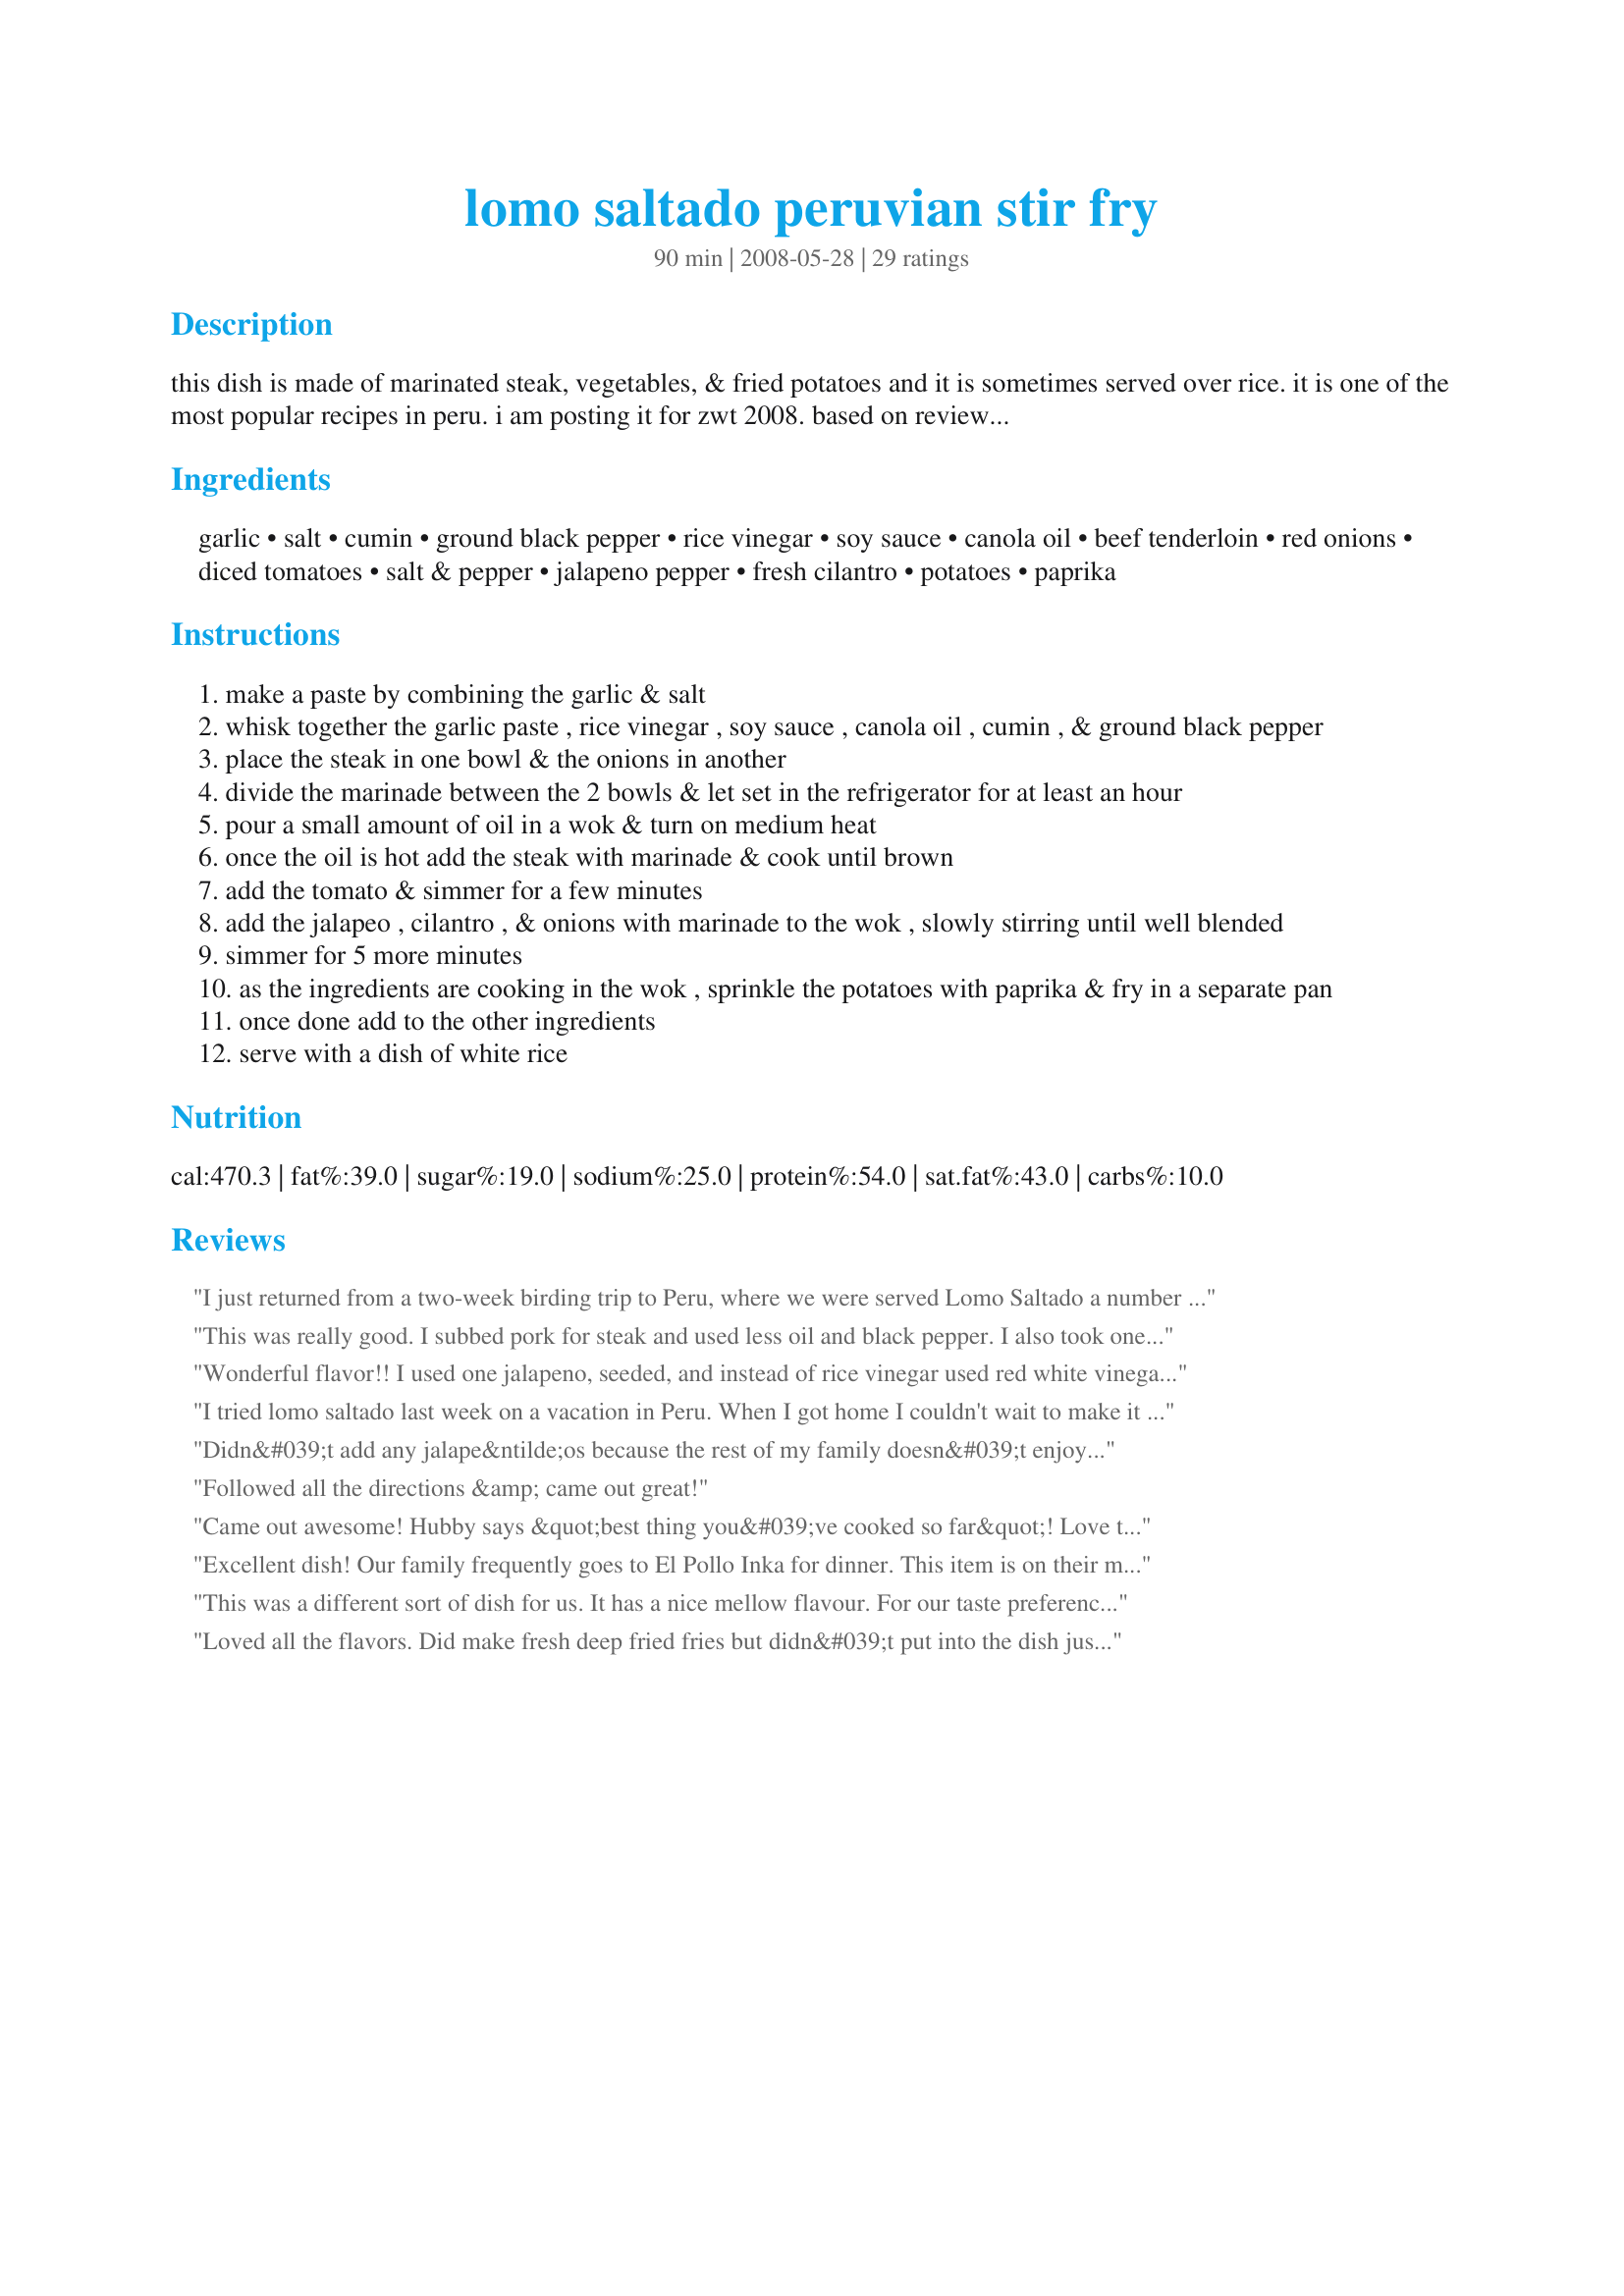
lomo saltado peruvian stir fry
Preparation time: 90 minutes

this dish is made of marinated steak, vegetables, & fried potatoes and it is sometimes served over rice. it is one of the most popular recipes in peru. i am posting it for zwt 2008. based on reviews i have cut back on the amount of meat & jalapenos. thanks for the great feedback...

Ingredients:
garlic, salt, cumin, ground black pepper, rice vinegar, soy sauce, canola oil, beef tenderloin, red onions, diced tomatoes, salt & pepper, jalapeno pepper, fresh cilantro, potatoes, paprika

Steps:
make a paste by combining the garlic & salt
whisk together the garlic paste , rice vinegar , soy sauce , canola oil , cumin , & ground black pepper
place the steak in one bowl & the onions in another
divide the marinade between the 2 bowls & let set in the refrigerator for at least an hour
pour a small amount of oil in a wok & turn on medium heat
once the oil is hot add the steak with marinade & cook until brown
add the tomato & simmer for a few minutes
add the jalapeo , cilantro , & onions with marinade to the wok , slowly stirring until well blended
simmer for 5 more minutes
as the ingredients are cooking in the wok , sprinkle the potatoes with paprika & fry in a separate pan
once done add to the other ingredients
serve with a dish of white rice

Reviews:
I just returned from a two-week birding trip to Peru, where we were served Lomo Saltado a number of times--once it was even prepared on a portable grill by the side of the road when we were too far from a restaurant for lunch! I'm intrigued by the Peruvians' incorporation of Chinese techniques and ingredients in their cooking--seems like a strange combo, but the results are delicious, even though I never got used to having several starches in one meal. The first time we had Lomo Saltado, I thought french fries from someone else's meal had accidentally fallen into my dinner! When I prepared this recipe, I changed it up a little. I used an elk tenderloin from my freezer instead of beef; Hungarian yellow peppers as a sub for Peruvian aji amarillo peppers or jalapenos; I seared the meat first in my wok, removed it, then did the peppers and onion mixture, then added the tomatoes, and finally returned the meat just to reheat it. The elk was so fine, I definitely did not want to overcook it. I served the Lomo Saltado over brown rice and just omitted the potato in order to avoid excess starch. The results were fantastic--even tastier than the versions I had in Peru, because those seemed a little less garlicky. Great recipe! Too bad I have so many vegetarian friends I can't fix this for!
This was really good. I subbed pork for steak and used less oil and black pepper. I also took one reviewer's advice and used smoked paprika. I think I should have cooked the onions first, since the meat was overcooked by the time the onions were done. Portions are huge!
Wonderful flavor!! I used one jalapeno, seeded, and instead of rice vinegar used red white vinegar (all I had). We decided that there was enough starch from the potato, so we didn't bother putting it over rice. I'm sure that would be tasty, though. :) Thanks for sharing a great recipe!
I tried lomo saltado last week on a vacation in Peru. When I got home I couldn't wait to make it for myself. This recipe is excellent and tastes just like the stuff I had in Lima. The only change I made was adding a red pepper cut in strips. I also skipped the french fries to make it healtier, but in Peru they always come with this dish.
Didn&#039;t add any jalape&ntilde;os because the rest of my family doesn&#039;t enjoy spice, however this recipe came out great! One thing I would change is the amount of coriander I used it was a bit over what was stated in the recipe I think and sort of overpowered the other flavours a bit but still tasted great! Just don&#039;t add too much corriander!
Followed all the directions &amp; came out great!
Came out awesome! Hubby says &quot;best thing you&#039;ve cooked so far&quot;! Love to hear and makes me want to up my cooking game. This recipe was really easy to follow. Only suggestion is to let meat marinate longer than an hour to get all those great flavors.
Excellent dish! Our family frequently goes to El Pollo Inka for dinner. This item is on their menu. My husband and son really enjoyed this. I made enough for six people. Between the three of us, I only got to have one helping because the other two scarfed most of it down. I served this with Aquadito as a starter. Thanks so much for sharing Nasseh.
This was a different sort of dish for us. It has a nice mellow flavour. For our taste preferences, I think next time I'll leave out the potatoes completely and add a smokey paprika to the marinade. Add some veggies like asparagus & cauliflower for colour and crispness and serve over rice. Would also double the jalapeno and add some cayenne as we like a bit more heat. Made for ZWT4
Loved all the flavors. Did make fresh deep fried fries but didn&#039;t put into the dish just served on the side and used some of the sauce..
My son says "more jalapeÃ±os" but overall this was a 5 star dish for us. I followed the ingredients exactly, using fresh cilantro. My boys gave this 5 stars and want me to make it again. Made for ZWT4.
This spicy, meaty dish is pretty good. We really liked the fried potatoes combined with the rice. It's a bit meatier than we're used to stir-fries being, and we thought it could be nice to throw in some more veggies. We definitely wouldn't recommend leaving out the cilantro, but we didn't include the jalapenos and still found it fairly spicy.
I doubled the marinade, because I like mine saucy. I don&#039;t know how on God&#039;s green Earth that the marinade in the recipe would cover that much meat and onions! Overall though I think the taste was very good, I now have a good base recipe I will just add my own little twists here and there. Also my boyfriend and sister loved it. Even my picky daughter ate it.

I only gave it a 4 star because while I think the flavor was very good, I just think it had too much vinegar so I will change that next time and give it a whirl. THATS JUST MY OPINION. Follow the recipe if it&#039;s your first time making it and then make changes! Also, 4 stars because it takes 2 skillets and a rice cooker so that&#039;s 3 pots right there.
Great!! I just used olive oil, loin steak, and used the frozen fries trick and it turns out great and smells absolutely delicious.
Delicious! We've enjoyed this dish in Peruvian restaurants, now I can make it at home! The flavors are amazing in this dish. I didn't use cilantro or jalapenos as we do not care for them. Instead, I added a bit of cayenne pepper. I also used small red potatoes cut into wedges and prepared per recipe #74730, Zesty Oven Baked Fries, for the potatoes. I also added some fresh corn kernels and red/green/yellow pepper strips as I happened to have some on hand. Served over white rice. This is going into the favorites file! Made for ZWT4.

Edited to add: I have made this recipe many times, it is one of the best recipes I have tried from 'Zaar! For the amount of meat and red onions call for, I triple the marinade recipe, but only use 1/2 the amount of oil called for. You can use strips of cooked meat in this recipe as well and it is also good with chicken. I also use 1/2 a bag of frozen french fries, cooked, for the potatoes and add a bag of southwest blend veggies, which includes corn, black beans roasted peppers, onions and chiles. I leave out the cilantro and jalapenos and add cayenne pepper instead. The marinade smells amazing!! An absolutely fabulous recipe that we adore!
This recipe was great! Tastes just as good as my favorite Peruvian restaurant. Thanks for sharing&lt;3
Absolutely wonderful recipe! I used to have this dish at my favorite Peruvian restaurant, but I just LOVED this home version. I made a mistake and forgot to drain the tomatoes, but it worked out just fine. Thanks so much for posting this! My whole family, including my 4 year old and 1 year old loved it!
Very good! I omitted the jalapenos, but it didn't miss a beat. I used half a bag of frozen fries (oven cooked) to help out. I mixed the fries in at the end. I'm glad someone mentioned to drain the tomatoes. Thanks for sharing!
So tasty!, brought me back to my latin roots.<br/>I omitted the tomatoes/cilantro since I did not have, and used indian chilli powder in lieu of the jalapeno. I added some ground coriander to the marinade. As another revier mentioned I fried the onions first (did not bother marinating those, no time), and after the meat was cooked added 2/3rd cup of water and let it simmer till very tender. <br/>We served it with mashed potatoes and salad. It was fantastic meal for my husband's birthday :)<br/>Thanks so much for sharing!
I try not to simply think in &quot;1&#039;s&quot; and &quot;5&#039;s&quot;, but this was really good despite my frantic attempts to get everything done for my girlfriend and I before it got too late after work. The recipe has quite a bit of heat with the jalapenos, but that is a great thing. I was only able to marinate for about 20-30 minutes, yet this still resulted in a great flavor. Next time, I will be devoting the time and thought needed to preparing this correctly. All in all, though, it was still really good and will be finding a place in our meals.
This is my favorite dish at an Ecuadorian restaurant near me, very glad to try this recipe! I really enjoyed this dish, it's very easy to prepare.
A new and different take on stir-fry. DH especially loved it, being my meat&potatoes man. I used 3/4 lb stirf fry beef and 1 jalapeno. The spice was perfect! We will definitely do this again.
My wife is Peruvian and makes this dish quite often but not according to this recipe. I made it for her and my mother in-law and they LOVED it. I omitted the jalape&ntilde;os and reduced the cumin by 50% as my wife is not a fan of the spice. As per tradition, I added finely chopped fresh scallions to the tomatoes before cooking. I also must admit that the potatoes I used were McD's french fries....delicious. Finally, I used light olive oil in lieu of canola.
We enjoyed this very much, the only thing I did differently was to parboil the potatoes (we have late season ones at the moment so they don't fry up as quickly as new potatoes) before frying. The flavours were very tasty, it was very easy to prepare the marinade & meat in the morning before work, leave it in the fridge, then take it out to bring it to temperature before cooking. Thanks for posting, made for ZWT4.
Growing up in San Diego, I&#039;ve had a chance to sample Lomo Saltado at a restaurant that specializes in authentic Puerto Rican and Latin American cuisine. Lomo Saltado is the only dish I order there because it is my favorite and why mess with a good thing?! Naturally, I wanted to recreate the dish at home. I experimented with several other recipes before settling on this one and I&#039;m so glad I&#039;ve found this recipe! This dish is so easy to prepare and the flavors are amazing. My husband said this is his new favorite dish! I will be making this often! Thanks for sharing! :)
A nice alternative to stew or fajitas. The marinade is great for tenderizing- (I used flank steak rather than tenderloin. This worked well in smaller portions - once the meat is marinated, it's quick to take out and prepare what you need. I used fresh tomatoes, a little more than the recipe calls for, unmarinated onions, and yams rather than potatoes.
We loved this. It's just a little spicy, and very fresh. The potatoes are still a little firm, but the beef is tender, and the onions are lovely and sweet. And it was so easy, I'm sure I'll make this again and again.
This was my first attempt at Lomo Saltado but I wanted to make a dish that I know my wife enjoys. Having only eaten it once or twice before, I was nervous that it would not live up to her expectations. I followed the recipe almost to the T and the outcome was delicious! I look forward to customizing further!
Love love love loved this recipe! It was so good! We have been on a mission to try 100 new recipes and this one is one of our favorites. We've made it twice, even before reaching 100! We used both fresh homemade fries and frozen---both work very well.
